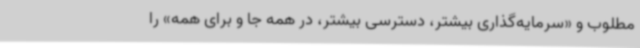
مطلوب و «سرمایه‌گذاری بیشتر، دسترسی بیشتر، در همه جا و برای همه» را